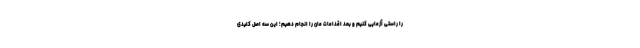
را راستی آزمایی کنیم و بعد اقدامات مان را انجام دهیم؛ این سه اصل کلیدی